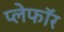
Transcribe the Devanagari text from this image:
प्लेफॉर